Jaan_Tonisson_(Lasteleht), lk 102
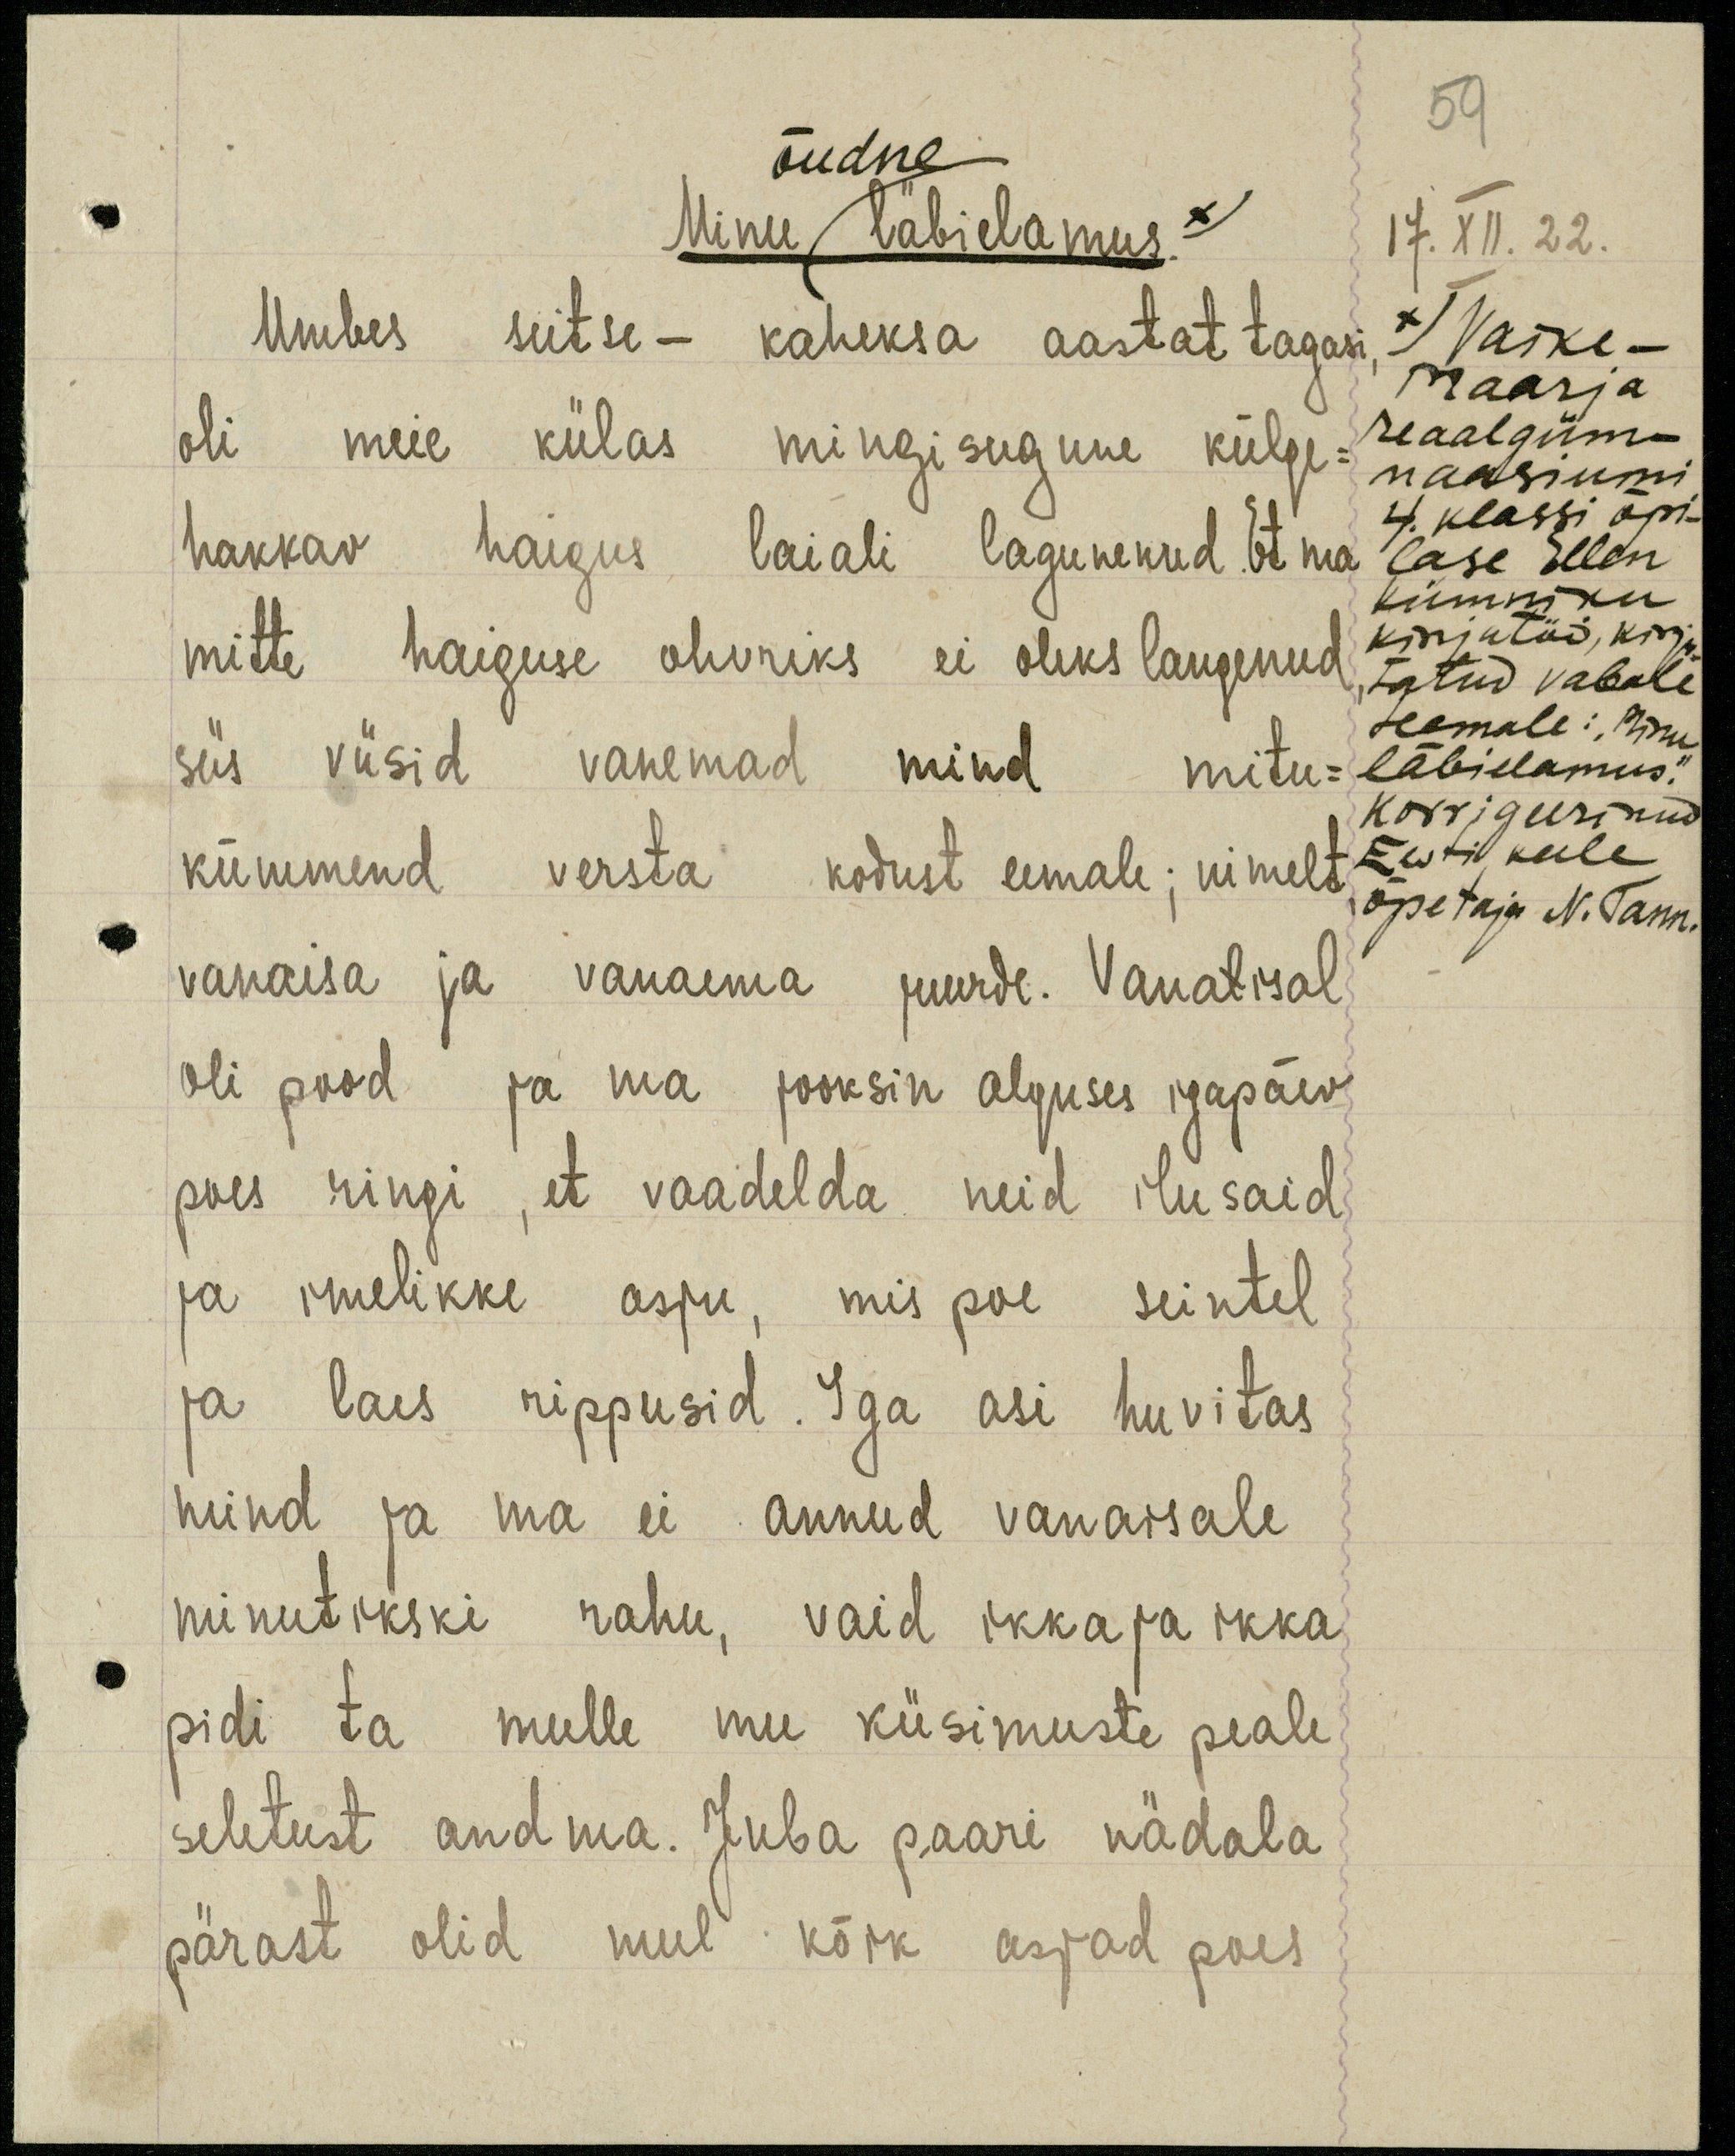
õudne
Minu läbi elamus. x)
Umbes seitse - kaheksa aastat tagasi
oli meie külas mingisugune külge-
hakkav haigus laiali lagunenud. Et ma
mitte haiguse ohvriks ei oleks langenud
siis viisid vanemad mind mitu-
kümmend versta kodust eemale; nimelt
vanaisa ja vanaema juurde. Vanalisal
oli pood ja ma jooksin alguses igapäev
poes ringi, et vaadelda neid ilusaid
ja imelikke asju, mis poe seintel
ja laes rippusid. Iga asi huvitas
mind ja ma ei annud vanaisale
minutikski rahu, vaid ikka ja ikka
pidi ta mulle mu küsimuste peale
seletust andma. Juba paari nädala
pärast olid mul kõik asjad poes

59
17. XII. 22.
x) Vaike -
Maarja
reaalgüm-
naasiumi
4. klassi õpi-
lase Ellen
Kümniku
kirjatöö, kirju-
tatud vabale
teemale: "Minu
läbielamus".
korrigeerinud
Eesti keele
õpetaja N. Tann.